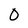
Character: 0